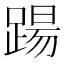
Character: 踼